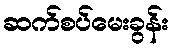
ဆက်စပ်မေးခွန်း